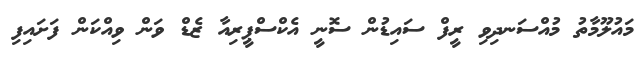
މައުލޫމާތު މުއްސަނދިވި ރީފް ސައިޑުން ސޮނީ އެކްސްޕީރިއާ ޒެޑް ވަން ވިއްކަން ފަށައިފި